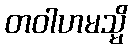
တဝါဟမသ္မိ